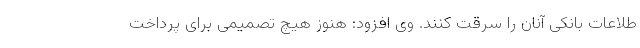
طلاعات بانکی آنان را سرقت کنند. وی افزود: هنوز هیچ تصمیمی برای پرداخت